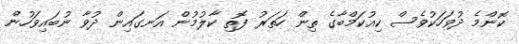
ކޮންމެ ދުވަހަކުވެސް ކިއުކަމްބާގެ ތިން ހަތަރު ފޮތި ކާލުމުން އަނގައިން ދުވާ ނުބައިވަހުން